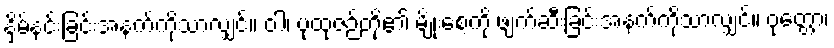
နှိမ်နင်းခြင်းအနက်ကိုသာလျှင်။ ဝါ၊ ပုထုဇဉ်တို့၏ မျိုးစေ့ကို ဖျက်ဆီးခြင်းအနက်ကိုသာလျှင်။ ဝုတ္တော၊